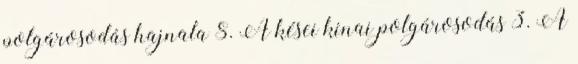
polgárosodás hajnala 8. A kései kínai polgárosodás 3. A